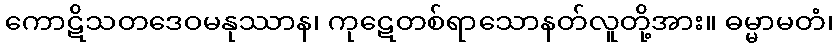
ကောဋိသတဒေဝမနုဿာန၊ ကုဋေတစ်ရာသောနတ်လူတို့အား။ ဓမ္မာမတံ၊